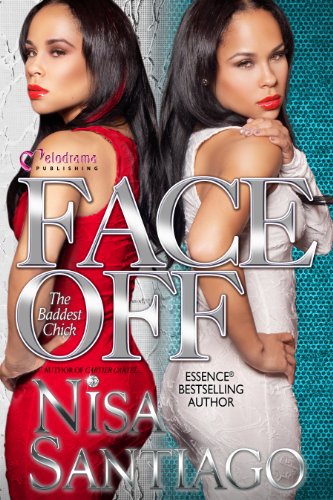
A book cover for Face Off - The Baddest Chick Part 4; Nisa Santiago; Literature & Fiction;